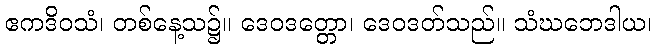
ဧကဒိဝသံ၊ တစ်နေ့သ၌။ ဒေဝဒတ္တော၊ ဒေဝဒတ်သည်။ သံဃဘေဒါယ၊